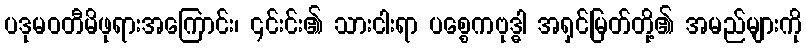
ပဒုမဝတီမိဖုရားအကြောင်း၊ ၎င်းင်း၏ သားငါးရာ ပစ္စေကဗုဒ္ဓါ အရှင်မြတ်တို့၏ အမည်များကို